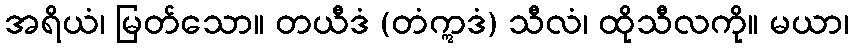
အရိယံ၊ မြတ်သော။ တယီဒံ (တံဣဒံ) သီလံ၊ ထိုသီလကို။ မယာ၊